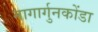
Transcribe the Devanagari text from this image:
नागार्गुनकोंडा